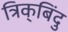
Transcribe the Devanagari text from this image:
त्रिक्‌बिंदु